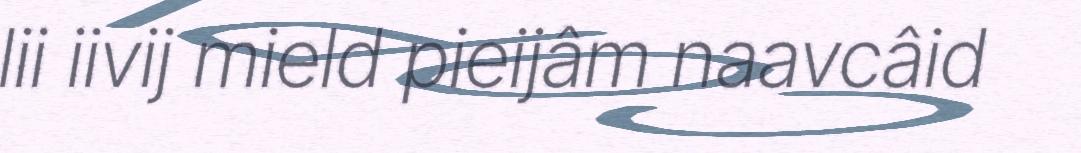
lii iivij mield pieijâm naavcâid